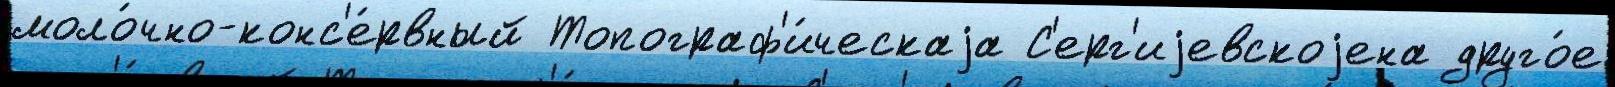
моло́чно-конс'е́рвный Топограф'и́ческаjа С'ерг'иjевскоjена друго́е